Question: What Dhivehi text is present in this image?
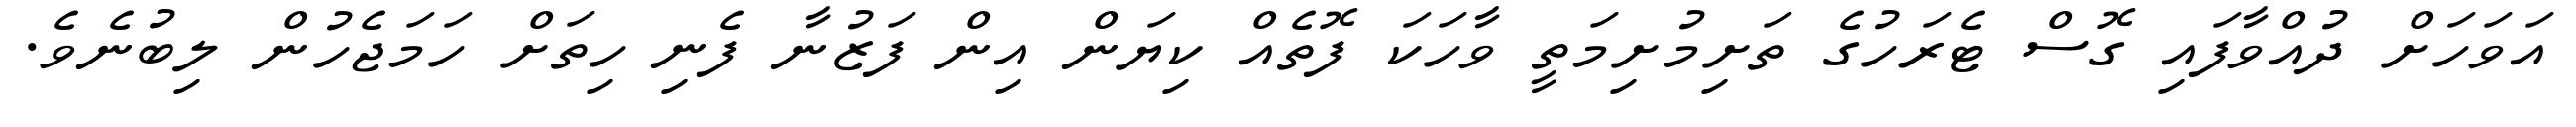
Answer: އަވަހަށް ދުއްވާފައި ގޮސް ޓެރަހުގެ ތަށިމުށިމަތީ ވާހަކަ ފޮތެއް ކިޔަން އިން ފަޒުނާ ފެނި ހިތަށް ހަމަޖެހުން ލިބުނެވެ.